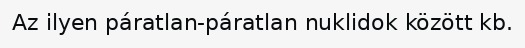
Az ilyen páratlan-páratlan nuklidok között kb.